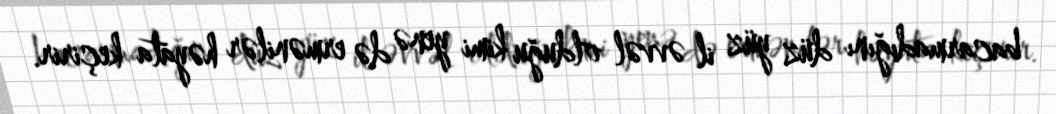
bacarmadığını düz yüz il əvvəl olduğu kimi yenə də ermənilər həyata keçirir.